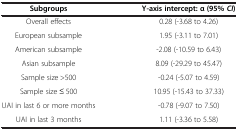
<table><thead><tr><td><b>Subgroups</b></td><td><b>Y-axis intercept: α (95% <i>CI</i>)</b></td></tr></thead><tbody><tr><td>Overall effects</td><td>0.28 (-3.68 to 4.26)</td></tr><tr><td>European subsample</td><td>1.95 (-3.11 to 7.01)</td></tr><tr><td>American subsample</td><td>-2.08 (-10.59 to 6.43)</td></tr><tr><td>Asian subsample</td><td>8.09 (-29.29 to 45.47)</td></tr><tr><td>Sample size &gt;500</td><td>-0.24 (-5.07 to 4.59)</td></tr><tr><td>Sample size ≤ 500</td><td>10.95 (-15.43 to 37.33)</td></tr><tr><td>UAI in last 6 or more months</td><td>-0.78 (-9.07 to 7.50)</td></tr><tr><td>UAI in last 3 months</td><td>1.11 (-3.36 to 5.58)</td></tr></tbody></table>